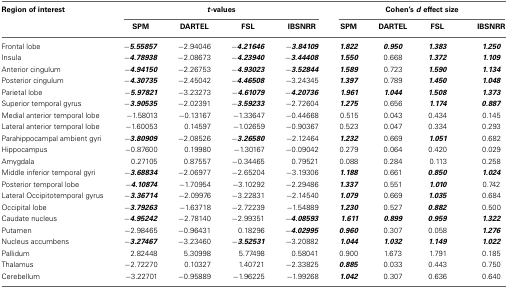
<table><thead><tr><td><b>Region of interest</b></td><td colspan="4"><b><i>t</i>-values</b></td><td colspan="4"><b>Cohen&#x27;s <i>d</i> effect size</b></td></tr><tr><td></td><td><b>SPM</b></td><td><b>DARTEL</b></td><td><b>FSL</b></td><td><b>IBSNRR</b></td><td><b>SPM</b></td><td><b>DARTEL</b></td><td><b>FSL</b></td><td><b>IBSNRR</b></td></tr></thead><tbody><tr><td>Frontal lobe</td><td><b><i>−5.55857</i></b></td><td>−2.94046</td><td><b><i>−4.21646</i></b></td><td><b><i>−3.84109</i></b></td><td><b><i>1.822</i></b></td><td><b><i>0.950</i></b></td><td><b><i>1.383</i></b></td><td><b><i>1.250</i></b></td></tr><tr><td>Insula</td><td><b><i>−4.78938</i></b></td><td>−2.08673</td><td><b><i>−4.23940</i></b></td><td><b><i>−3.44408</i></b></td><td><b><i>1.550</i></b></td><td>0.668</td><td><b><i>1.372</i></b></td><td><b><i>1.109</i></b></td></tr><tr><td>Anterior cingulum</td><td><b><i>−4.94150</i></b></td><td>−2.26753</td><td><b><i>−4.93023</i></b></td><td><b><i>−3.52844</i></b></td><td><b><i>1.589</i></b></td><td>0.723</td><td><b><i>1.590</i></b></td><td><b><i>1.134</i></b></td></tr><tr><td>Posterior cingulum</td><td><b><i>−4.30735</i></b></td><td>−2.45042</td><td><b><i>−4.46508</i></b></td><td>−3.24345</td><td><b><i>1.397</i></b></td><td>0.789</td><td><b><i>1.450</i></b></td><td><b><i>1.048</i></b></td></tr><tr><td>Parietal lobe</td><td><b><i>−5.97821</i></b></td><td>−3.23273</td><td><b><i>−4.61079</i></b></td><td><b><i>−4.20736</i></b></td><td><b><i>1.961</i></b></td><td><b><i>1.044</i></b></td><td><b><i>1.508</i></b></td><td><b><i>1.373</i></b></td></tr><tr><td>Superior temporal gyrus</td><td><b><i>−3.90535</i></b></td><td>−2.02391</td><td><b><i>−3.59233</i></b></td><td>−2.72604</td><td><b><i>1.275</i></b></td><td>0.656</td><td><b><i>1.174</i></b></td><td><b><i>0.887</i></b></td></tr><tr><td>Medial anterior temporal lobe</td><td>−1.58013</td><td>−0.13167</td><td>−1.33647</td><td>−0.44668</td><td>0.515</td><td>0.043</td><td>0.434</td><td>0.145</td></tr><tr><td>Lateral anterior temporal lobe</td><td>−1.60053</td><td>0.14597</td><td>−1.02659</td><td>−0.90367</td><td>0.523</td><td>0.047</td><td>0.334</td><td>0.293</td></tr><tr><td>Parahippocampal ambient gyri</td><td><b><i>−3.80909</i></b></td><td>−2.08526</td><td><b><i>−3.26580</i></b></td><td>−2.12464</td><td><b><i>1.232</i></b></td><td>0.669</td><td><b><i>1.051</i></b></td><td>0.682</td></tr><tr><td>Hippocampus</td><td>−0.87600</td><td>0.19980</td><td>−1.30167</td><td>−0.09042</td><td>0.279</td><td>0.064</td><td>0.420</td><td>0.029</td></tr><tr><td>Amygdala</td><td>0.27105</td><td>0.87557</td><td>−0.34465</td><td>0.79521</td><td>0.088</td><td>0.284</td><td>0.113</td><td>0.258</td></tr><tr><td>Middle inferior temporal gyri</td><td><b><i>−3.68834</i></b></td><td>−2.06977</td><td>−2.65204</td><td>−3.19306</td><td><b><i>1.188</i></b></td><td>0.661</td><td><b><i>0.850</i></b></td><td><b><i>1.024</i></b></td></tr><tr><td>Posterior temporal lobe</td><td><b><i>−4.10874</i></b></td><td>−1.70954</td><td>−3.10292</td><td>−2.29486</td><td><b><i>1.337</i></b></td><td>0.551</td><td><b><i>1.010</i></b></td><td>0.742</td></tr><tr><td>Lateral Occipitotemporal gyrus</td><td><b><i>−3.36714</i></b></td><td>−2.09976</td><td>−3.22831</td><td>−2.14540</td><td><b><i>1.079</i></b></td><td>0.669</td><td><b><i>1.035</i></b></td><td>0.684</td></tr><tr><td>Occipital lobe</td><td><b><i>−3.79263</i></b></td><td>−1.63718</td><td>−2.72239</td><td>−1.54889</td><td><b><i>1.230</i></b></td><td>0.527</td><td><b><i>0.882</i></b></td><td>0.500</td></tr><tr><td>Caudate nucleus</td><td><b><i>−4.95242</i></b></td><td>−2.78140</td><td>−2.99351</td><td><b><i>−4.08593</i></b></td><td><b><i>1.611</i></b></td><td><b><i>0.899</i></b></td><td><b><i>0.959</i></b></td><td><b><i>1.322</i></b></td></tr><tr><td>Putamen</td><td>−2.98465</td><td>−0.96431</td><td>0.18296</td><td><b><i>−4.02995</i></b></td><td><b><i>0.960</i></b></td><td>0.307</td><td>0.058</td><td><b><i>1.276</i></b></td></tr><tr><td>Nucleus accumbens</td><td><b><i>−3.27467</i></b></td><td>−3.23460</td><td><b><i>−3.52531</i></b></td><td>−3.20882</td><td><b><i>1.044</i></b></td><td><b><i>1.032</i></b></td><td><b><i>1.149</i></b></td><td><b><i>1.022</i></b></td></tr><tr><td>Pallidum</td><td>2.82448</td><td>5.30998</td><td>5.77498</td><td>0.58041</td><td>0.900</td><td>1.673</td><td>1.791</td><td>0.185</td></tr><tr><td>Thalamus</td><td>−2.72270</td><td>0.10327</td><td>1.40721</td><td>−2.33825</td><td><b><i>0.885</i></b></td><td>0.033</td><td>0.443</td><td>0.750</td></tr><tr><td>Cerebellum</td><td>−3.22701</td><td>−0.95889</td><td>−1.96225</td><td>−1.99268</td><td><b><i>1.042</i></b></td><td>0.307</td><td>0.636</td><td>0.640</td></tr></tbody></table>